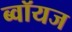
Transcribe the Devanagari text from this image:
ब्‍वॉयज